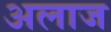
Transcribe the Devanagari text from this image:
अलाज